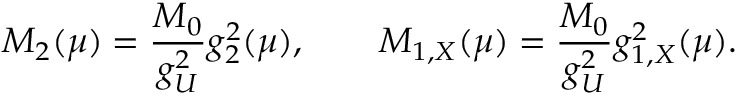
M _ { 2 } ( \mu ) = { \frac { M _ { 0 } } { g _ { U } ^ { 2 } } } g _ { 2 } ^ { 2 } ( \mu ) , \qquad M _ { 1 , X } ( \mu ) = { \frac { M _ { 0 } } { g _ { U } ^ { 2 } } } g _ { 1 , X } ^ { 2 } ( \mu ) .